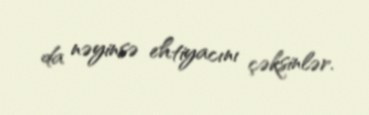
da nəyinsə ehtiyacını çəksinlər.